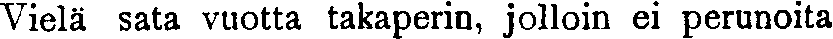
Vielä sata vuotta takaperin, jolloin ei perunoita